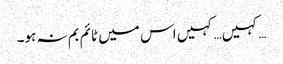
…کہیں… کہیں اس میں ٹائم بم نہ ہو۔